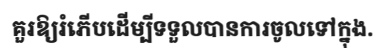
គួរឱ្យរំភើបដើម្បីទទួលបានការចូលទៅក្នុង.